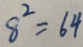
8 ^ { 2 } = 6 4